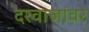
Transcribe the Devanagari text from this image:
दरवाजांवर